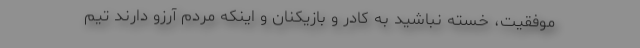
موفقیت، خسته نباشید به کادر و بازیکنان و اینکه مردم آرزو دارند تیم